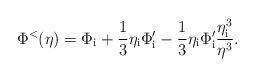
LaTeX: \begin{align*}\Phi ^<(\eta )=\Phi _{\rm i}+\frac{1}{3}\eta _{\rm i}\Phi _{\rm i}'-\frac{1}{3}\eta _{\rm i}\Phi _{\rm i}'\frac{\eta _{\rm i}^3}{\eta ^3}.\end{align*}